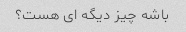
باشه چیز دیگه ای هست؟